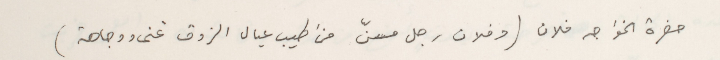
حضرة الخواجه فلان (وفلان رجل مسنّ من اطيب عيال الزوق غنى ووجاهة)